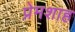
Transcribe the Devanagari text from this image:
प्रेमशाह